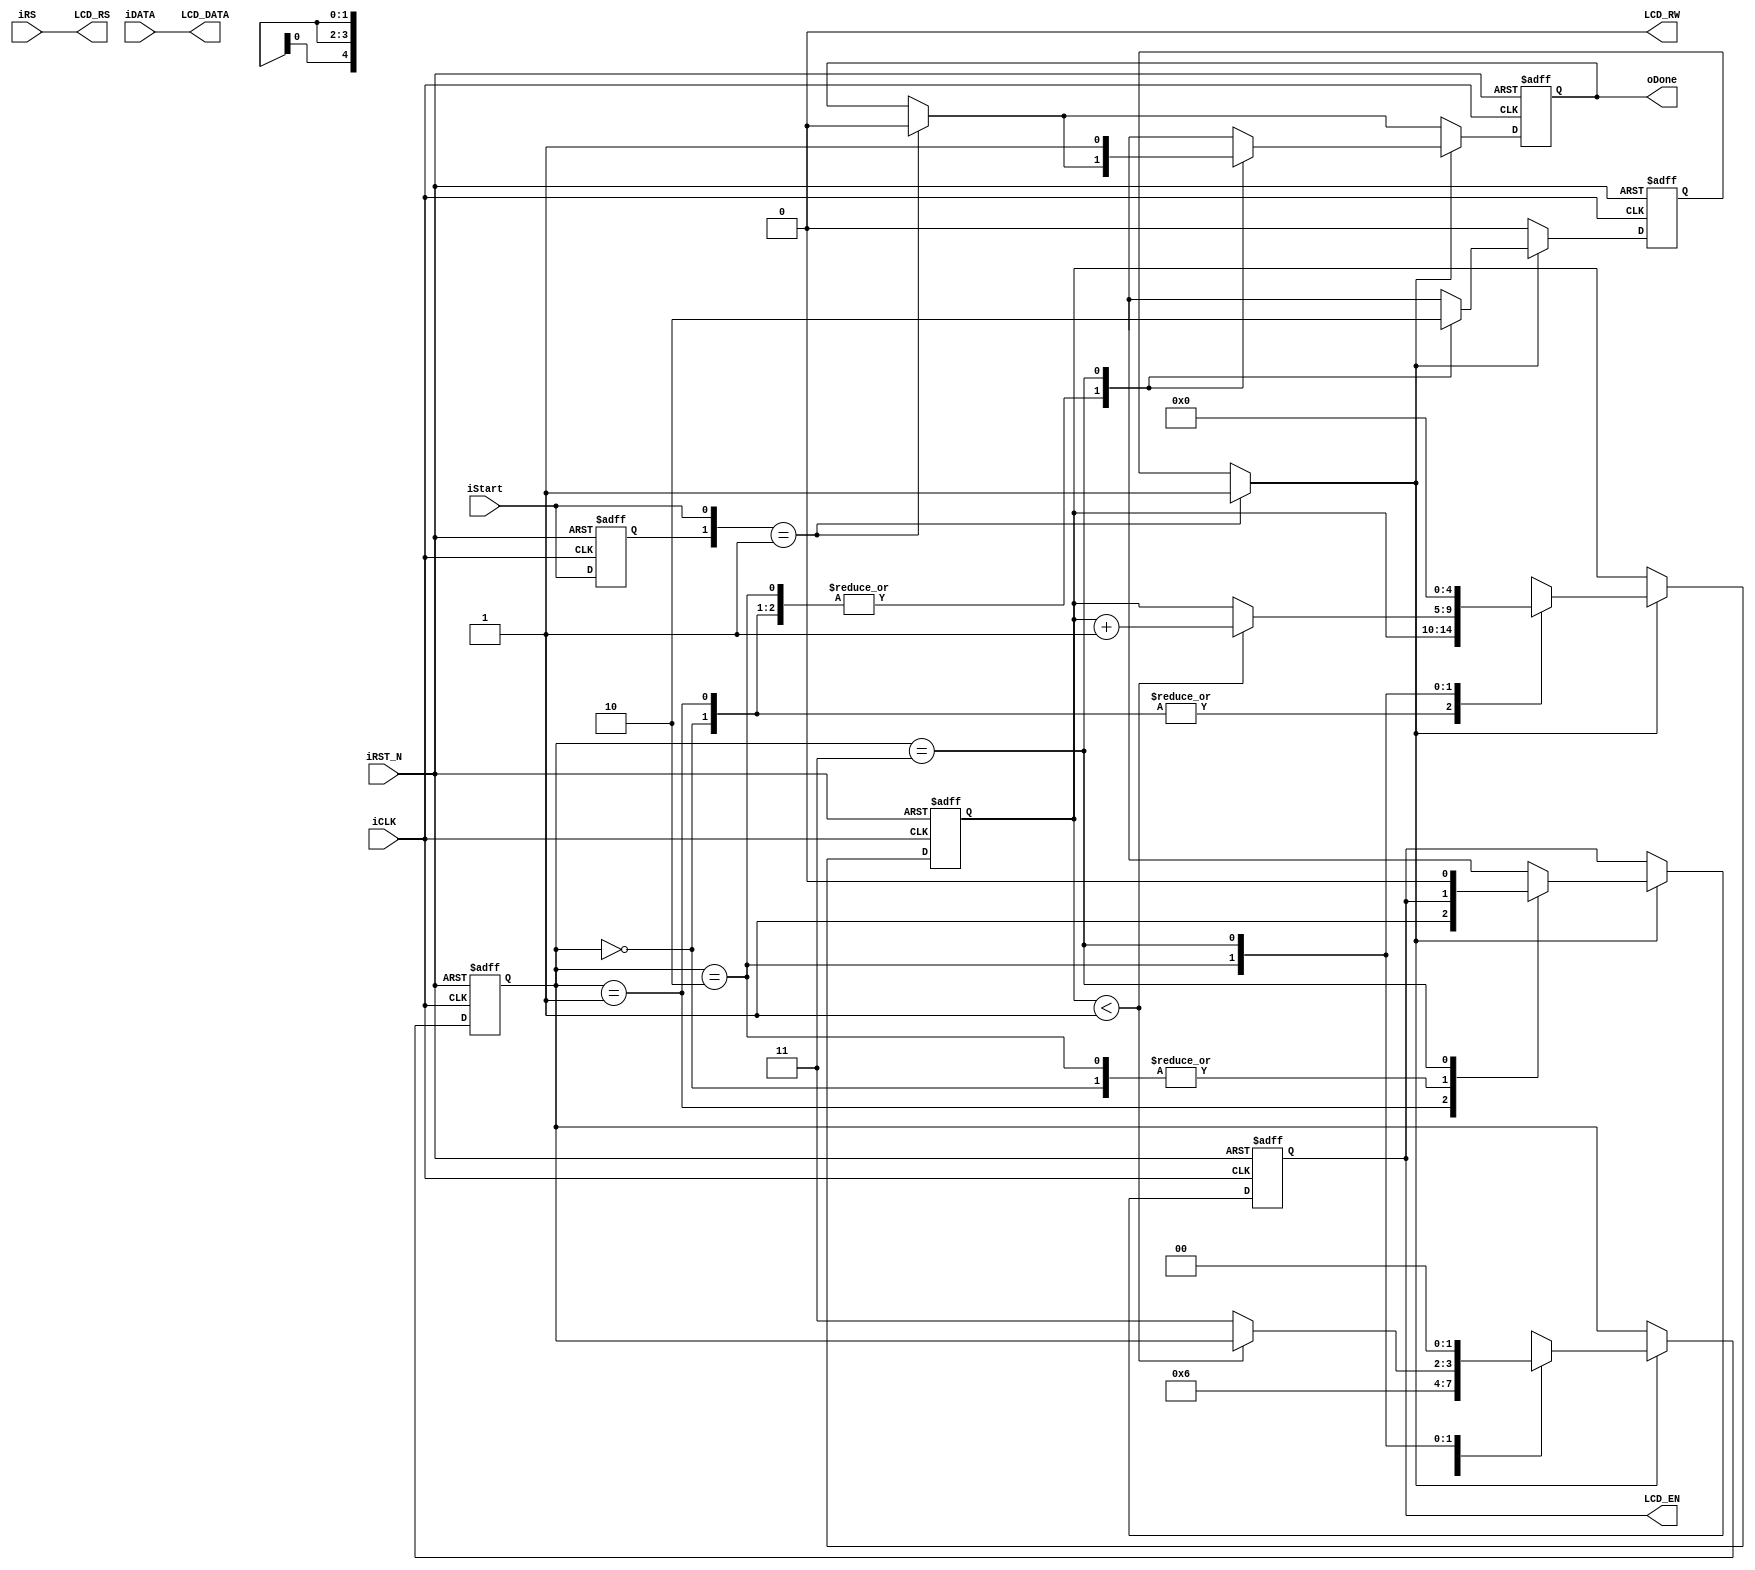
module LCD_Controller (//Host Side
                        iDATA,iRS,
                        iStart,oDone,
                        iCLK,iRST_N,
                        //LCD Interface
                        LCD_DATA,
                        LCD_RW,
                        LCD_EN,
                        LCD_RS);
//CLK
parameter CLK_Divide = 1;

//Host Side
input [7:0] iDATA;
input       iRS,iStart;
input       iCLK,iRST_N;
output reg  oDone;
//LCD Interface
output [7:0] LCD_DATA;
output reg   LCD_EN;
output       LCD_RW;
output       LCD_RS;
//Internal Register
reg [4:0]    Cont;
reg [1:0]    ST;
reg preStart,mStart;

/////////////////////////////////////////////
// Asigna los valores de las variables temporales a las variables fijas.
assign LCD_DATA= iDATA;
assign LCD_RW= 1'b0;
assign LCD_RS= iRS;

/////////////////////////////////////////////

always@(posedge iCLK or negedge iRST_N)
begin
    if(!iRST_N)
    begin
        oDone   = 1'b0;
        LCD_EN  = 1'b0;
        preStart= 1'b0;
        mStart  = 1'b0;
        Cont    = 0;
        ST      = 0;
    end
    else
    begin
        ////// Input Start Detect ///////
        preStart <= iStart;
        if({preStart,iStart}==2'b01)  // latch ?
        begin
            mStart   =    1'b1;
            oDone    =    1'b0;
        end
        //////////////////////////////////
        if(mStart)  //generate LCD_EN
        begin
            case(ST)
            0:    ST = 1; //Wait Setup, tAS >= 40ns
            1:    begin
                    LCD_EN = 1'b1;
                    ST     = 2;
                end
            2:    begin                   
                    if(Cont<CLK_Divide)
                    Cont  = Cont+1;
                    else
                    ST    = 3;
                end
            3:    begin
                    LCD_EN  =    1'b0;
                    mStart  =    1'b0;
                    oDone   =    1'b1;
                    Cont    =    0;
                    ST      =    0;
                end
            endcase
        end
    end
end

endmodule